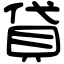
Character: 貸